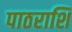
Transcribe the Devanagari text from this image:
पाठराशि